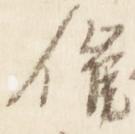
催